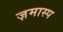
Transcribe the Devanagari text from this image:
ज़मास्प